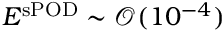
E ^ { \mathrm { s P O D } } \sim \mathcal { O } ( 1 0 ^ { - 4 } )